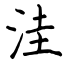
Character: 洼